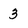
Character: 3